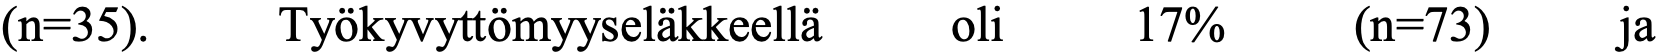
(n=35).  Työkyvyttömyyseläkkeellä oli 17%   (n=73)   ja